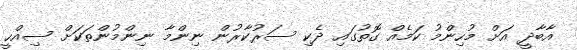
އާބާދީ އަށް މުހިންމު ކަމެއް ގޮތުގައި ދެކި ސަރުކާރުން ނިންމާ ނިންމުންތަކަށް ސިއްހީ